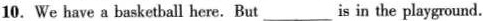
10.We have a basketball here. But ___ is in the playground.